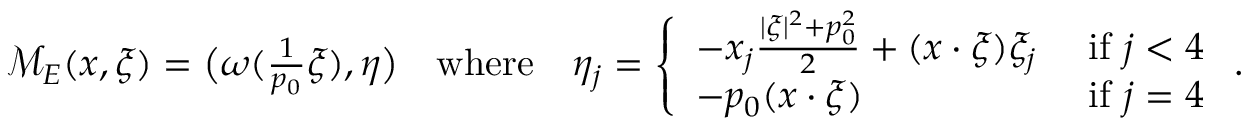
\begin{array} { r } { \mathcal { M } _ { E } ( x , \xi ) = \big ( \omega ( \frac { 1 } { p _ { 0 } } \xi ) , \eta \big ) \quad \mathrm { w h e r e } \quad \eta _ { j } = \left\{ \begin{array} { l l } { - x _ { j } \frac { | \xi | ^ { 2 } + p _ { 0 } ^ { 2 } } { 2 } + ( x \cdot \xi ) \xi _ { j } } & { \mathrm { ~ i f ~ } j < 4 } \\ { - p _ { 0 } ( x \cdot \xi ) } & { \mathrm { ~ i f ~ } j = 4 } \end{array} \right. . } \end{array}